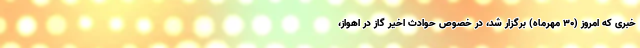
خبری که امروز (۳۰ مهرماه) برگزار شد، در خصوص حوادث اخیر گاز در اهواز،